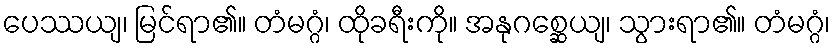
ပေဿယျ၊ မြင်ရာ၏။ တံမဂ္ဂံ၊ ထိုခရီးကို။ အနုဂစ္ဆေယျ၊ သွားရာ၏။ တံမဂ္ဂံ၊